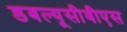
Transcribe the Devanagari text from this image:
डबल्यूसीबीएस